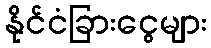
နိုင်ငံခြားငွေများ